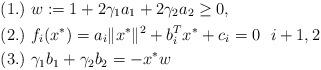
LaTeX: \begin{align*} &(1.)\ w:=1+2\gamma_1 a_1+2\gamma_2 a_2\ge0,\ \ \\ &(2.)\ f_{i}(x^{*})=a_{i}\|x^{*}\|^{2}+b_{i}^{T} x^{*}+c_{i}=0 \ \ i+1,2\ \\ &(3.)\ \gamma_1 b_{1}+\gamma_2b_2=-x^{*}w\ \end{align*}